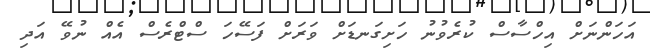
އަހަންނަށް އިހްސާސް ކުރެވުނު ހަށިގަނޑަށް ވަރަށް ފަސޭހަ ސްޓްރެސް އެއް ނުވޭ އަދި